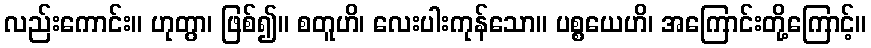
လည်းကောင်း။ ဟုတွာ၊ ဖြစ်၍။ စတူဟိ၊ လေးပါးကုန်သော။ ပစ္စယေဟိ၊ အကြောင်းတို့ကြောင့်။